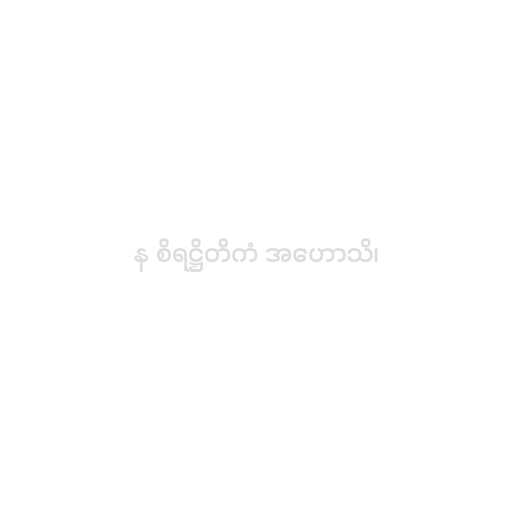
န စိရဋ္ဌိတိကံ အဟောသိ၊